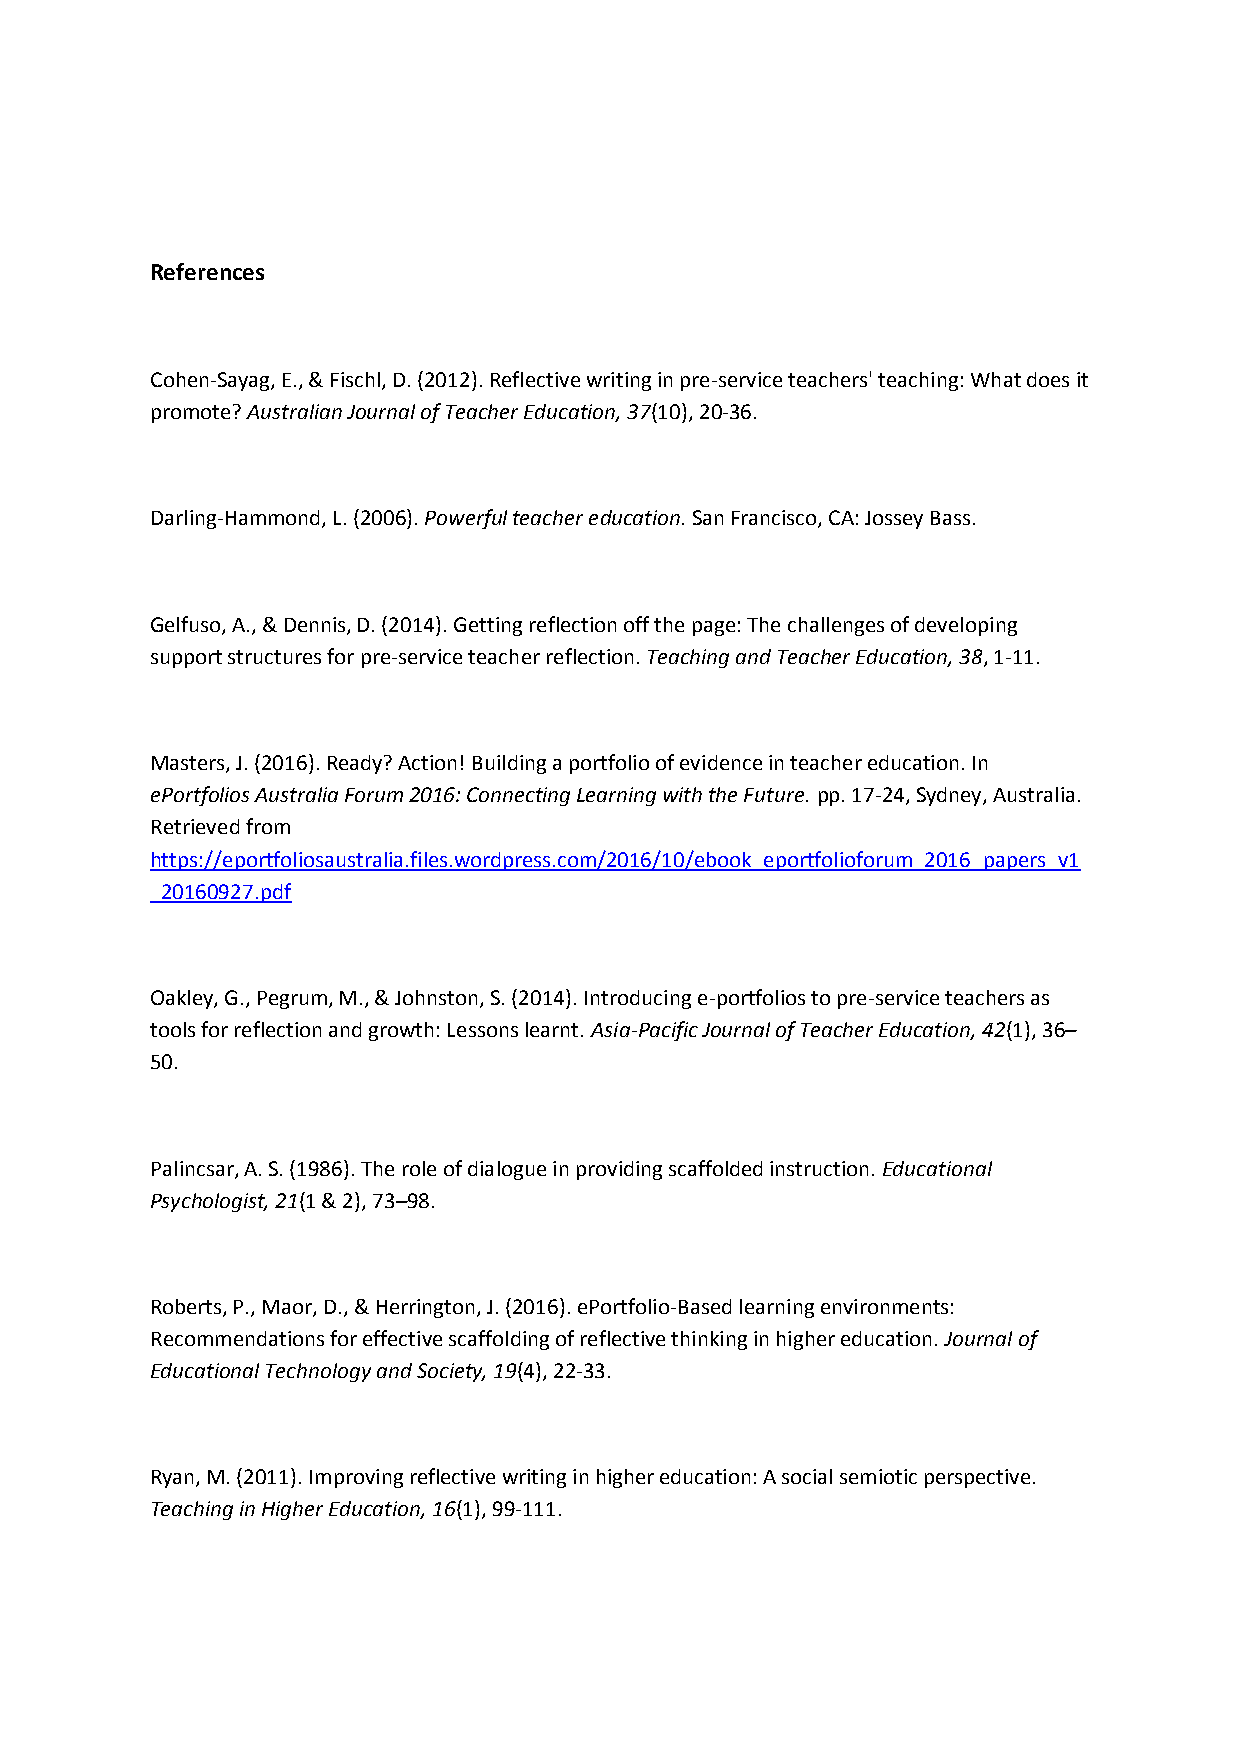
References
 Cohen-Sayag, E., & Fischl, D. (2012). Reflective writing in pre-service teachers' teaching: What does it
 promote? Australian Journal of Teacher Education, 37(10), 20-36.
 Darling-Hammond, L. (2006). Powerful teacher education. San Francisco, CA: Jossey Bass.
 Gelfuso, A., & Dennis, D. (2014). Getting reflection off the page: The challenges of developing
 support structures for pre-service teacher reflection. Teaching and Teacher Education, 38, 1-11.
 Masters, J. (2016). Ready? Action! Building a portfolio of evidence in teacher education. In
 ePortfolios Australia Forum 2016: Connecting Learning with the Future. pp. 17-24, Sydney, Australia.
 Retrieved from
 https://eportfoliosaustralia.files.wordpress.com/2016/10/ebook_eportfolioforum_2016_papers_v1
 _20160927.pdf
 Oakley, G., Pegrum, M., & Johnston, S. (2014). Introducing e-portfolios to pre-service teachers as
 tools for reflection and growth: Lessons learnt. Asia-Pacific Journal of Teacher Education, 42(1), 36–
 50.
 Palincsar, A. S. (1986). The role of dialogue in providing scaffolded instruction. Educational
 Psychologist, 21(1 & 2), 73–98.
 Roberts, P., Maor, D., & Herrington, J. (2016). ePortfolio-Based learning environments:
 Recommendations for effective scaffolding of reflective thinking in higher education. Journal of
 Educational Technology and Society, 19(4), 22-33.
 Ryan, M. (2011). Improving reflective writing in higher education: A social semiotic perspective.
 Teaching in Higher Education, 16(1), 99-111.